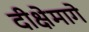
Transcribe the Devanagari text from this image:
दीक्षेमागे